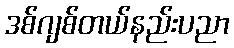
ဒစ်ဂျစ်တယ်နည်းပညာ